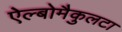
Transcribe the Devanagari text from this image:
ऐल्बोमैकुलटा